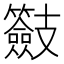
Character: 𭣠